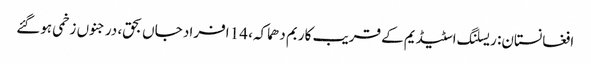
افغانستان: ریسلنگ اسٹیڈیم کے قریب کار بم دھماکہ، 14 افراد جاں بحق، درجنوں زخمی ہوگئے